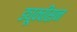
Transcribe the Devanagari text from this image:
ड्यूक्वीसन